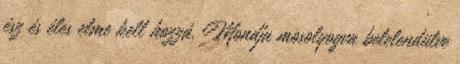
ész és éles elme kell hozzá. Mondja mosolyogva belelendülve